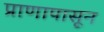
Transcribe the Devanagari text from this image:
प्राणापासून